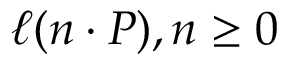
\ell ( n \cdot P ) , n \geq 0